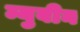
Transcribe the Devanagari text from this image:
म्युबीन